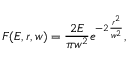
F ( E , r , w ) = \frac { 2 E } { \pi w ^ { 2 } } e ^ { { - 2 } { \frac { r ^ { 2 } } { w ^ { 2 } } } } ,